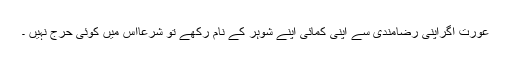
عورت اگراپنی رضامندی سے اپنی کمائی اپنے شوہر کے نام رکھے تو شرعاًاس میں کوئی حرج نہیں ۔